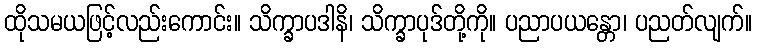
ထိုသမယဖြင့်လည်းကောင်း။ သိက္ခာပဒါနိ၊ သိက္ခာပုဒ်တို့ကို။ ပညာပယန္တော၊ ပညတ်လျက်။